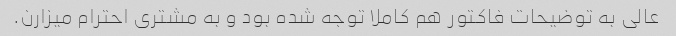
عالی به توضیحات فاکتور هم کاملا توجه شده بود و به مشتری احترام میزارن.